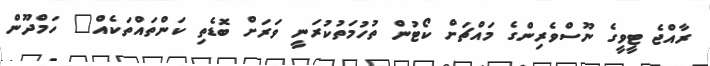
ރާއްޖެ ޓީވީގެ ނޫސްވެރިންގެ މައްޗަށް ކޯޓުން ތުހުމަތުކުރަނީ ވަރަށް ބޮޑެތި ކަންތައްތަކެއް" ހަމްދޫން